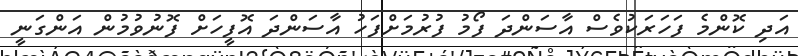
އަދި ކޮންމެ ފަހަރަކުވެސް އާސަންދަ ފޯމު ފުރުމަށްފަހު އާސަންދަ އޮފީހަށް ފޮނުވުމުން އަންގަނީ